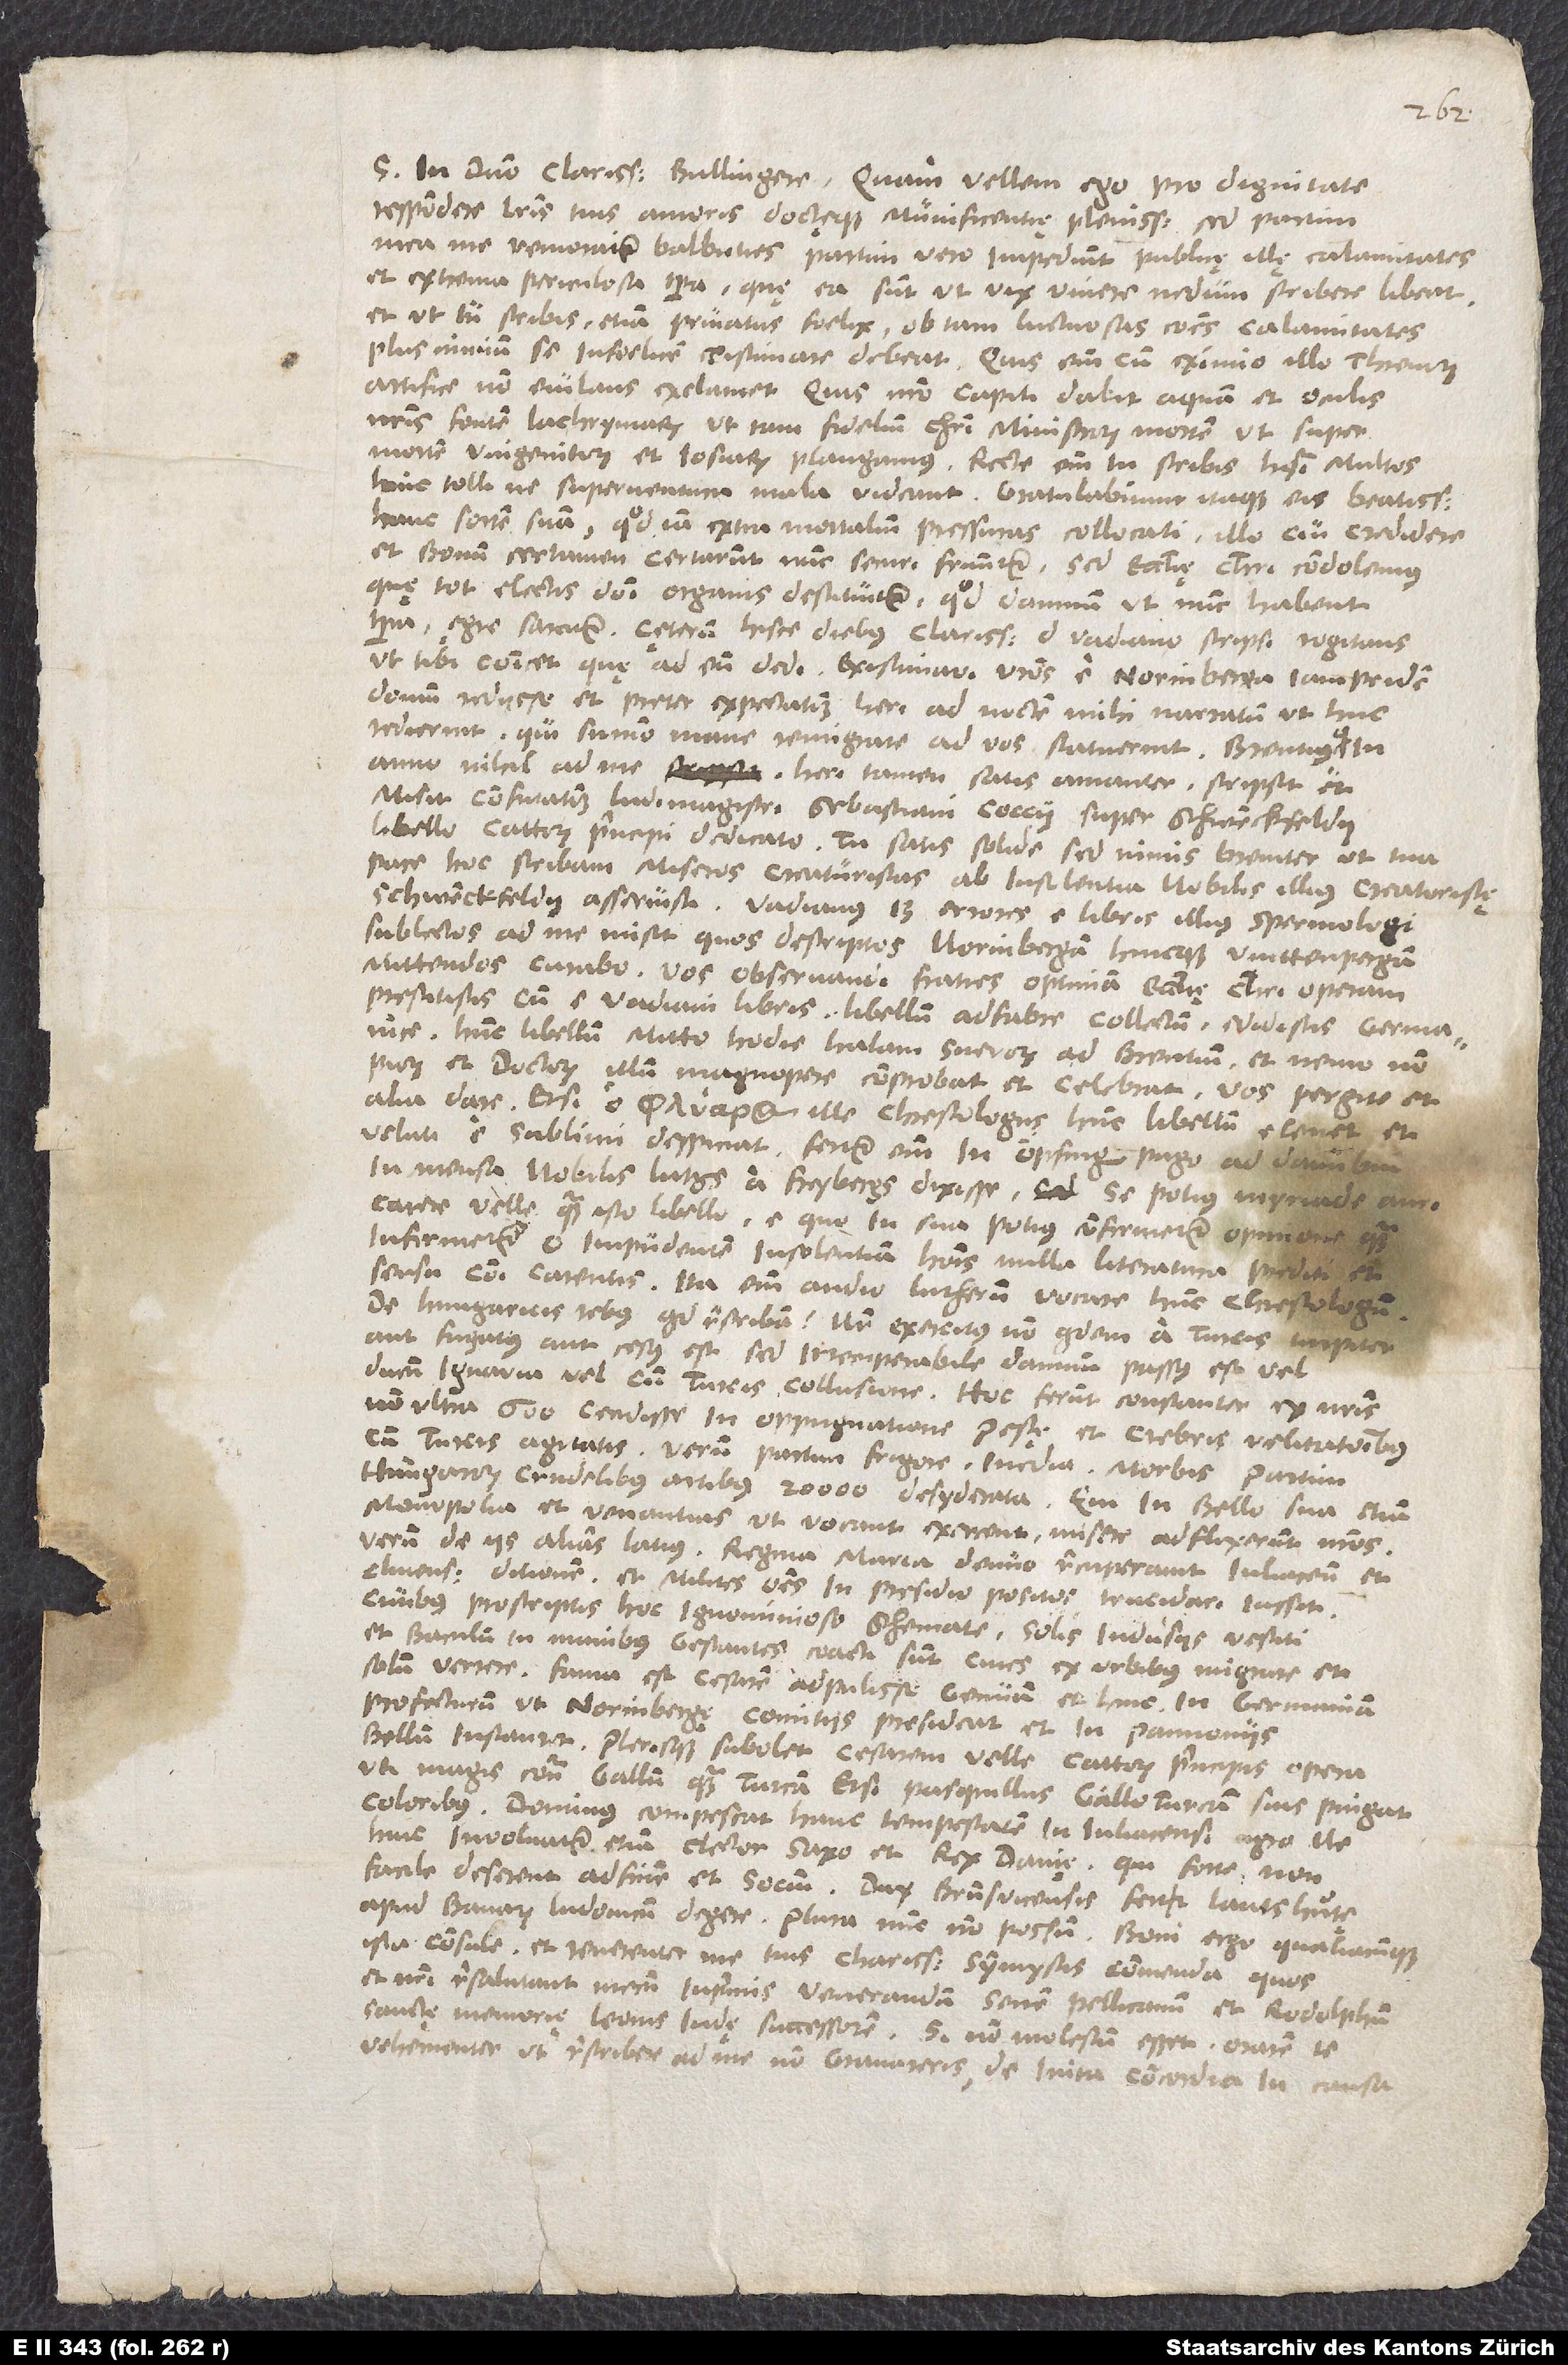
S. in domino, clarissime Bullingere. Quam vellem ego pro dignitate
respondere literis tuis amoris doctęque munificentię plenissimis! Sed partim
mea me remoratur balbuties, partim vero impediunt publicę illę calamitates
et extrema periculosa tempora, quę ea sunt, ut vix vivere, nedum scribere libeat
et, ut tu scribis, etiam privatus foelix ob tam luctuosas communes calamitates
plus nimium se infoelicem existimare debeat. Quis enim cum eximio illo Threnorum
artifice non eiulans exclamet: „Quis nostro capiti dabit aquam et oculis
hanc sortem suam, quod iam extra mortalium pressuras collocati illo, cui credidere
et bonum certamen certarunt, nunc securi fruuntur. Sed ecclesię Christi condolemus,
quę tot electis domini organis destituitur, quod damnum, ut nunc habent
tempora, ęgre sarcitur. Cęterum hisce diebus clarissimo d. Vadiano scripsi rogitans,
ut tibi communicet, quę ad eum dedi. Existimavi vestros e Norinberga iampridem
domum rediisse, et preter expectationem heri ad noctem mihi narratum, ut huc
redierint, qui summo mane remigrare ad vos statuerint. Brentius,
anno nihil ad me, heri tamen satis amanter scripsit et
misit confutationem ludimagistri Sebastiani Coccii super Schwenckfeldii
libello Cattorum principi dedicato. Tu satis solide, sed nimis breviter, ut tua
pace hoc scribam, miseros creaturistas ab insolentia nobilis illius creatoristę
Schwenckfeldii asseruisti. Vadianus 13 errores e libris illius spermologi
sublectos ad me misit, quos descriptos Norinbergam hincque Wittenpergam
mittendos curabo. Vos, observandi fratres, optimam ecclesię Christi operam
prestitistis, cum e Vadiani libris libellum adfabre collectum edidistis Germanice.
Hunc libellum mitto hodie Halam Svevorum ad Brentium, et nemo non
piorum et doctorum illum magnopere comprobat et celebrat. Vos pergite et
alia date, etsi ille chrestologus hunc libellum elevet et
veluti e sublimi despiciat. Fertur enim in Öpfingen, pago ad Danubium,
in mensa nobilis Lutzs a Freybergs dixisse se potius myriade auri
carere velle quam isto libello, e quo in sua potius confirmetur opinione
infirmetur. O impudentem insolentiam hominis nulla literatura prediti et
sensu communi carentis! Ita enim audio Lutherum vocare hunc chrestologum.
De Hungaricis rebus quid rescribam? Noster exercitus non quidem a Turcis turpiter
aut fugatus aut cesus est, sed intemperabile damnum passus est vel
ducum ignavia vel cum Turcis collusione. Hoc ferunt constanter: ex nostris
non ultra 600 cecidisse in oppugnatione Pestę et crebris velitationibus
cum Turcis agitatis, verum partim frigore, inedia, morbis, partim
Hungarorum crudelibus artibus 20’000 desyderata. Qui in bello sua etiam
monopolia et venantias, ut vocant, exercent, misere adflixerunt nostros.
Verum de iis alias latius. Regina Maria denuo recuperavit Iuliacensem et
Clivensem ditionem et milites omnes in presidio positos trucidari iussit
civibus proscriptis hoc ignominioso schemate: Solis indusiis vestiti
et baculum in manibus gestantes coacti sunt cives ex urbibus migrare et
solum vertere. Fama est cesarem adpulisse Genuam et hinc in Germaniam
profecturum, ut Norinbergę comitiis presideat et in Pannoniis
bellum instauret. Plerosque subolet cesarem velle Cattorum principis opera
uti magis contra Gallum quam Turcam, etsi pasquillus Gallo-Turcam suis pingat
coloribus. Dominus compescat hanc tempestatem in Iuliacensi agro, ne
huic involvatur etiam elector Saxo et rex Danię, qui forte non
facile deserent adfinem et socium. Dux Brunsvicensis fertur Lantshutę
apud Bavarum Ludovicum degere. Plura non possum. Boni ergo qualiacunque
ista consule et reverenter me tuis charissimis symmystis commenda, quos
et nostri resalutant mecum, inprimis venerandum senem Pellicanum et Rodolphum,
sanctę memorię Leonis Iudę successorem. Si non molestum esset, orarem te
vehementer, ut rescribere ad me non gravareris de inita concordia in causa